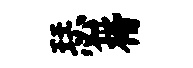
瑟楷